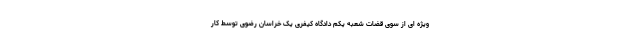
ویژه ای از سوی قضات شعبه یکم دادگاه کیفری یک خراسان رضوی توسط کار